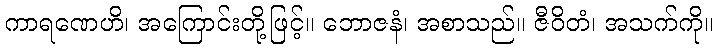
ကာရဏေဟိ၊ အကြောင်းတို့ဖြင့်။ ဘောဇနံ၊ အစာသည်။ ဇီဝိတံ၊ အသက်ကို။